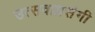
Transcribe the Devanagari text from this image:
उत्सवाप्रसंगी